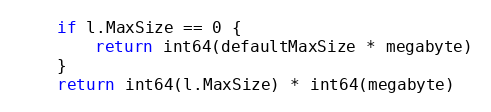
Language: Go
	if l.MaxSize == 0 {
		return int64(defaultMaxSize * megabyte)
	}
	return int64(l.MaxSize) * int64(megabyte)